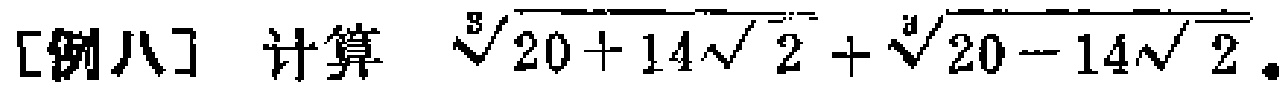
[例八] 计算 $\sqrt[3]{20 + 14\sqrt{2}} + \sqrt[3]{20 - 14\sqrt{2}}$。